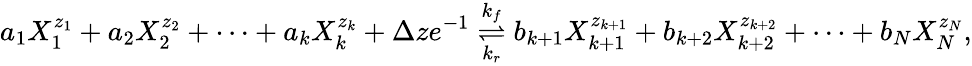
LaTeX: a_{1}X_{1}^{z_{1}}+a_{2}X_{2}^{z_{2}}+\cdots+a_{k}X_{k}^{z_{k}}+\Delta ze^{-1}\overset{k_{f}}{\underset{k_{r}}{\rightleftharpoons}}b_{k+1}X_{k+1}^{z_{k+1}}+b_{k+2}X_{k+2}^{z_{k+2}}+\cdots+b_{N}X_{N}^{z_{N}},